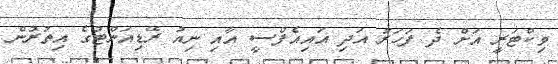
ވިކްޓަރީ އަށް ދެ ފަހަރު އަދި އައިއެފްސީ އާއި ނިއު ރޭޑިއަންޓުގެ އިތުރުން